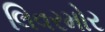
લિવરમોર